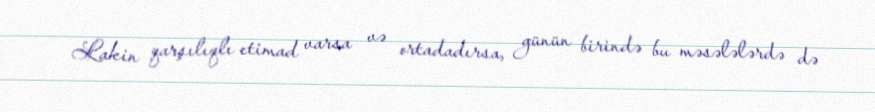
Lakin qarşılıqlı etimad varsa və ortadadırsa, günün birində bu məsələlərdə də